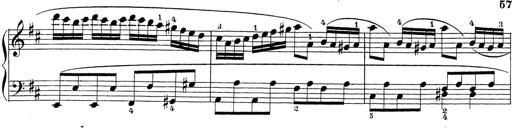
Title: Sonatina Album
Composer: Louis KÃ¶hler